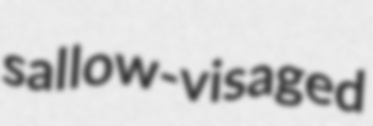
sallow-visaged